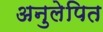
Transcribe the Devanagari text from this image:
अनुलेपित